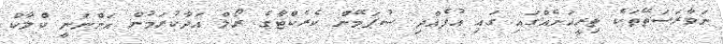
ނަވާރަސަތޭތަކެ ތިރީއަށެއްގައި ގައި އުފެއްދި ސުޕަމޭން ކެރެކްޓާގެ ރޯލް އަދާކުރަމުން އަންނަނީ ކްލާކް